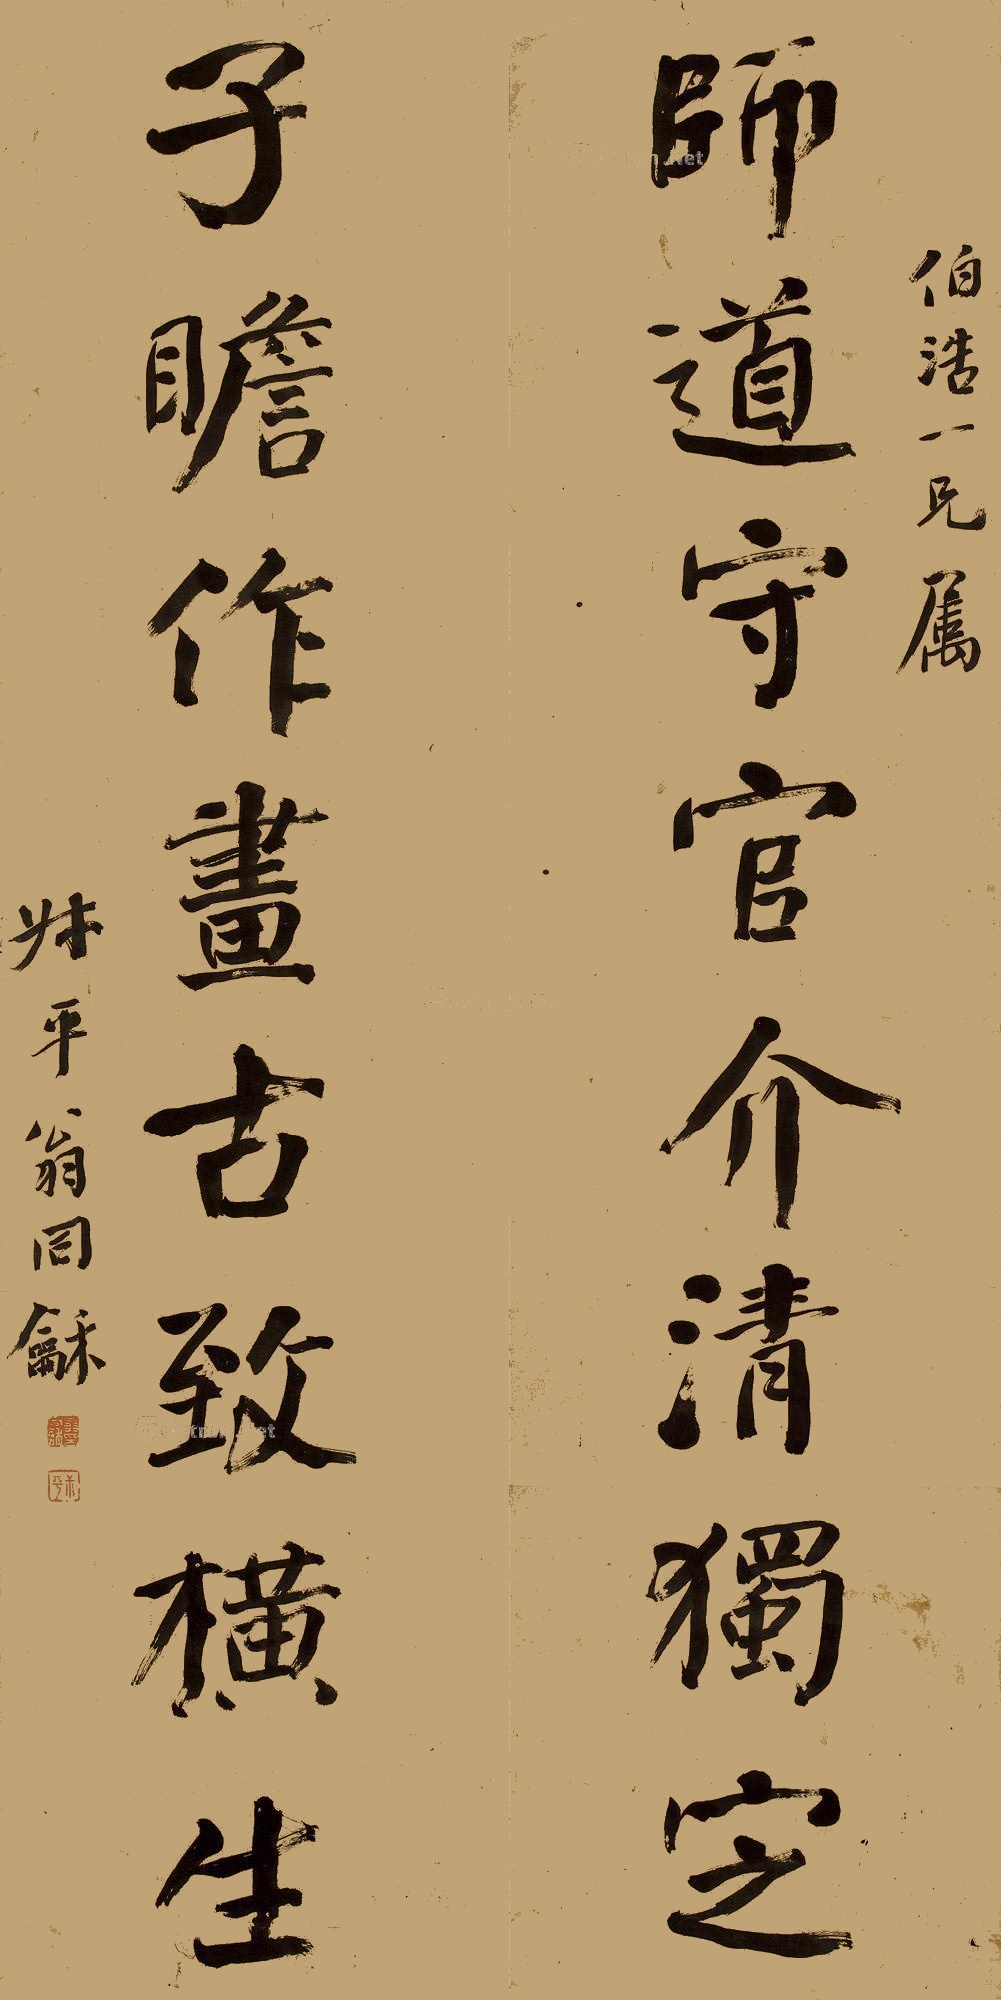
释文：师道守官介清独定，子瞻作画古致横生。伯浩一兄属，叔平翁同龢。